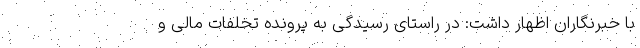
با خبرنگاران اظهار داشت: در راستای رسیدگی به پرونده تخلفات مالی و